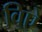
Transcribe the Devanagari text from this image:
विऐ